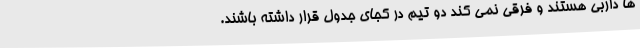
ها داربی هستند و فرقی نمی کند دو تیم در کجای جدول قرار داشته باشند.